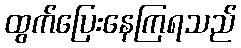
ထွက်ပြေးနေကြရသည်